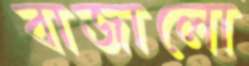
বাজালো